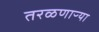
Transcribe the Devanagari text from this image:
तरळणाऱ्या